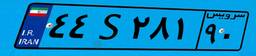
۴۴S۲۸۱۹۰